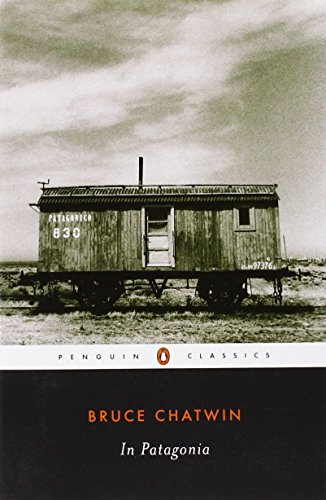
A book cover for In Patagonia (Penguin Classics); Bruce Chatwin; Biographies & Memoirs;